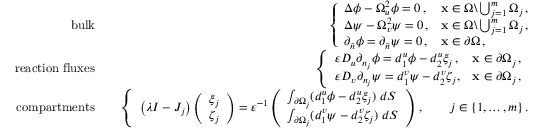
\begin{array} { r l r } { \mathrm { b u l k } } & { } & { \left\{ \begin{array} { l l } { \Delta \phi - \Omega _ { u } ^ { 2 } \phi = 0 \, , } & { { \bf x } \in \Omega \backslash \bigcup _ { j = 1 } ^ { m } \Omega _ { j } \, , } \\ { \Delta \psi - \Omega _ { v } ^ { 2 } \psi = 0 \, , } & { { \bf x } \in \Omega \backslash \bigcup _ { j = 1 } ^ { m } \Omega _ { j } \, , } \\ { \partial _ { \tilde { n } } \phi = \partial _ { \tilde { n } } \psi = 0 \, , } & { { \bf x } \in \partial \Omega \, , } \end{array} \right. } \\ { \mathrm { r e a c t i o n ~ f l u x e s } } & { } & { \left\{ \begin{array} { l l } { \varepsilon D _ { u } \partial _ { n _ { j } } \phi = d _ { 1 } ^ { u } \phi - d _ { 2 } ^ { u } \xi _ { j } \, , } & { { \bf x } \in \partial \Omega _ { j } \, , \; \; } \\ { \varepsilon D _ { v } \partial _ { n _ { j } } \psi = d _ { 1 } ^ { v } \psi - d _ { 2 } ^ { v } \zeta _ { j } , } & { { \bf x } \in \partial \Omega _ { j } \, , } \end{array} \right. } \\ { \mathrm { c o m p a r t m e n t s } } & { } & { \left\{ \begin{array} { l l } { \left( \lambda I - J _ { j } \right) \left( \begin{array} { l } { \xi _ { j } } \\ { \zeta _ { j } } \end{array} \right) = \varepsilon ^ { - 1 } \left( \begin{array} { l } { \int _ { \partial \Omega _ { j } } ( d _ { 1 } ^ { u } \phi - d _ { 2 } ^ { u } \xi _ { j } ) \; d S } \\ { \int _ { \partial \Omega _ { j } } ( d _ { 1 } ^ { v } \psi - d _ { 2 } ^ { v } \zeta _ { j } ) \; d S } \end{array} \right) \, , \qquad j \in \lbrace { 1 , \ldots , m \rbrace } \, . } \end{array} \right. } \end{array}